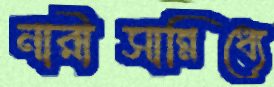
নারীসান্নিধ্যে